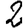
Digit: 2